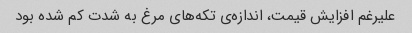
علیرغم افزایش قیمت، اندازه‌ی تکه‌های مرغ به شدت کم شده بود